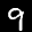
Label: 9